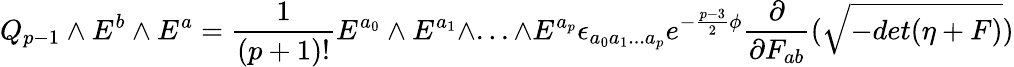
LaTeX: Q_{p-1}\wedge E^{b}\wedge E^{a}={\frac{1}{(p+1)!}}E^{a_{0}}\wedge E^{a_{1}}\wedge...\wedge E^{a_{p}}\epsilon_{a_{0}a_{1}...a_{p}}e^{-{\frac{p-3}{2}}\phi}{\frac{\partial}{\partial F_{ab}}}(\sqrt{-det(\eta+F)})